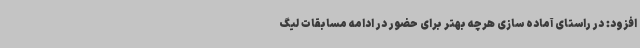
افزود: در راستای آماده سازی هرچه بهتر برای حضور در ادامه مسابقات لیگ